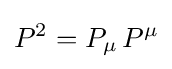
P^{2}=P_{\mu }\,P^{\mu }